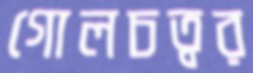
গোলচত্বর